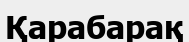
Қарабарақ